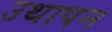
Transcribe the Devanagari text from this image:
उथापन